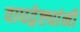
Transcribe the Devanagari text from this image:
वाघद्वेष्ट्यांनी